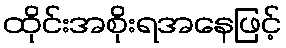
ထိုင်းအစိုးရအနေဖြင့်